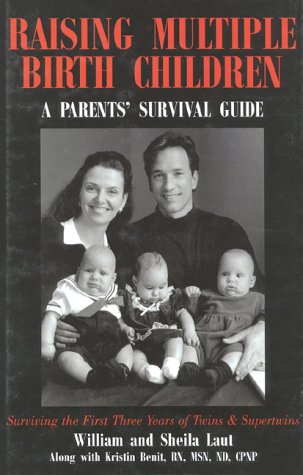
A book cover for Raising Multiple Birth Children: A Parent's Survival Guide, Birth-Age 3; William Laut; Parenting & Relationships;